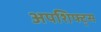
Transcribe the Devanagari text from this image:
अपशिफ्ट्स